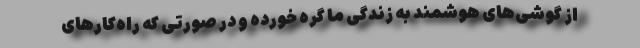
از گوشی‌های هوشمند به زندگی ما گره خورده و در صورتی که راه‌کارهای